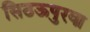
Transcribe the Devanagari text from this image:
सिठऊपुरवा